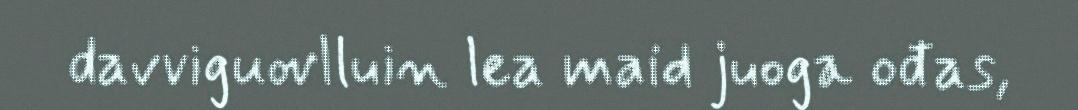
davviguovlluin lea maid juoga ođas,